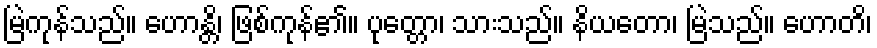
မြဲကုန်သည်။ ဟောန္တိ၊ ဖြစ်ကုန်၏။ ပုတ္တော၊ သားသည်။ နိယတော၊ မြဲသည်။ ဟောတိ၊